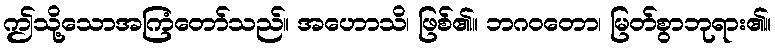
ဤသို့သောအကြံတော်သည်။ အဟောသိ၊ ဖြစ်၏။ ဘဂဝတော၊ မြတ်စွာဘုရား၏။